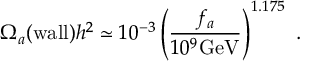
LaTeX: \Omega _ { a } ( \mathrm { w a l l } ) h ^ { 2 } \simeq 1 0 ^ { - 3 } \left( \frac { f _ { a } } { 1 0 ^ { 9 } \mathrm { G e V } } \right) ^ { 1 . 1 7 5 } \ .